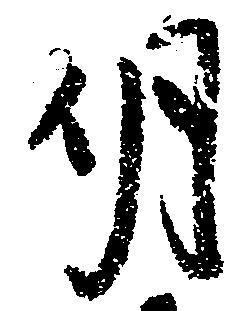
明